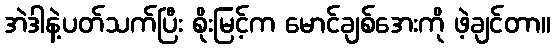
အဲဒါနဲ့ပတ်သက်ပြီး စိုးမြင့်က မောင်ချစ်အေးကို ဖဲ့ချင်တာ။